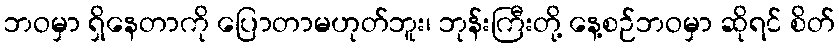
ဘဝမှာ ရှိနေတာကို ပြောတာမဟုတ်ဘူး၊ ဘုန်းကြီးတို့ နေ့စဉ်ဘဝမှာ ဆိုရင် စိတ်